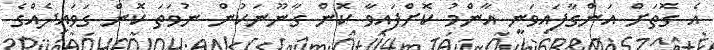
އެ ގޮތަށް އަންގާފައިވަނީ އާންމު ކޮށްފައިވާ ކޮން ގާނޫނަކުން ނުވަަތަ ކޮން ގަވައިދެއްގެ